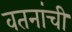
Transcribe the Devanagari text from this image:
वतनांची